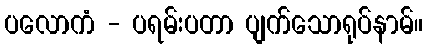
ပလောကံ - ပရမ်းပတာ ပျက်သောရုပ်နာမ်။